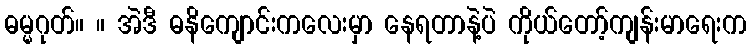
ဓမ္မဂုတ်။ ။ အဲဒီ ဓနိကျောင်းကလေးမှာ နေရတာနဲ့ပဲ ကိုယ်တော့်ကျန်းမာရေးက